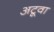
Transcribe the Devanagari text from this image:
अटूवा